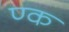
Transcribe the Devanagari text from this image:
ण्क